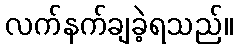
လက်နက်ချခဲ့ရသည်။